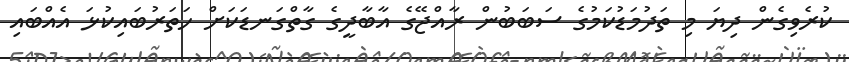
ކުރެވިގެން ދިޔަ މި ތަދުމަޑުކަމުގެ ސަބަބުން ރާއްޖޭގެ އާބާދީގެ ގާތްގަނޑަކަށް ހަތަރުބައިކުޅަ އެއްބައި